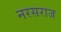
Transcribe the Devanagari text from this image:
नरसराज